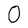
Character: 0